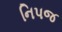
નિપજ